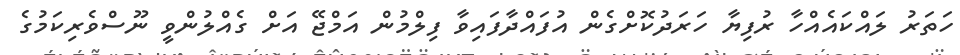
ހަތަރު ލައްކައެއްހާ ރުފިޔާ ހަރަދުކޮށްގެން އުފައްދާފައިވާ ފިލްމުން އަމްޖޭ އަށް ގެއްލުންވީ ނޫސްވެރިކަމުގެ